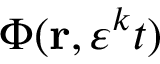
\Phi ( \mathbf { r } , \varepsilon ^ { k } t )